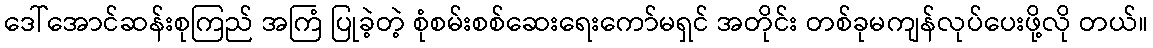
ဒေါ်အောင်ဆန်းစုကြည် အကြံ ပြုခဲ့တဲ့ စုံစမ်းစစ်ဆေးရေးကော်မရှင် အတိုင်း တစ်ခုမကျန်လုပ်ပေးဖို့လို တယ်။